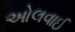
ઓલવાઈ